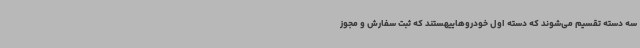
سه دسته تقسیم می‌شوند که دسته اول خودروهاییهستند که ثبت سفارش و مجوز